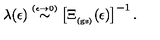
\lambda ( \epsilon ) \stackrel { \scriptscriptstyle ( \epsilon \rightarrow 0 ) } { \sim } \left[ \Xi _ { _ \mathrm { ( g s ) } } ( \epsilon ) \right] ^ { - 1 } .